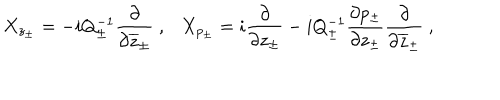
X _ { z _ { \pm } } = - i Q _ { \pm } ^ { - 1 } \displaystyle \displaystyle \frac { \partial } { \partial \overline { { { z } } } _ { \pm } } ~ , X _ { p _ { \pm } } = i \displaystyle \displaystyle \frac { \partial } { \partial z _ { \pm } } - i Q _ { \pm } ^ { - 1 } \displaystyle \frac { \partial p _ { \pm } } { \partial z _ { \pm } } \displaystyle \displaystyle \frac { \partial } { \partial \overline { { { z } } } _ { \pm } } ~ ,